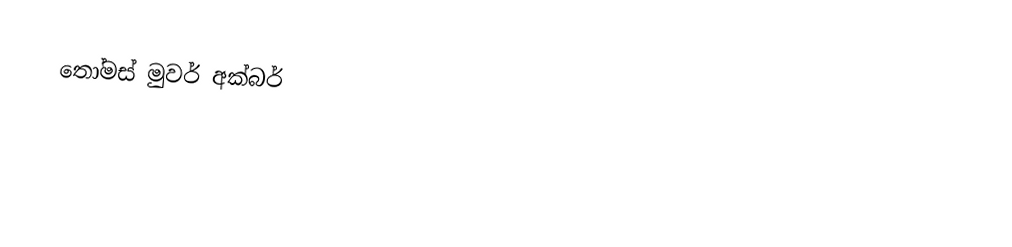
තෝමස් මුවර්  අක්බර්